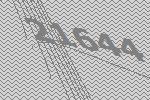
21644